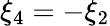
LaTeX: \xi_{4}=-\xi_{2}